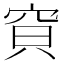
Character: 𱶺